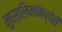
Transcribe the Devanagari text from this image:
मुस्लिमांमध्येही